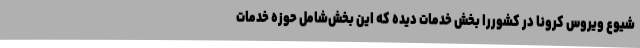
شیوع ویروس کرونا در کشوررا بخش خدمات دیده که این بخش‌شامل حوزه خدمات